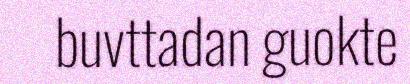
buvttadan guokte